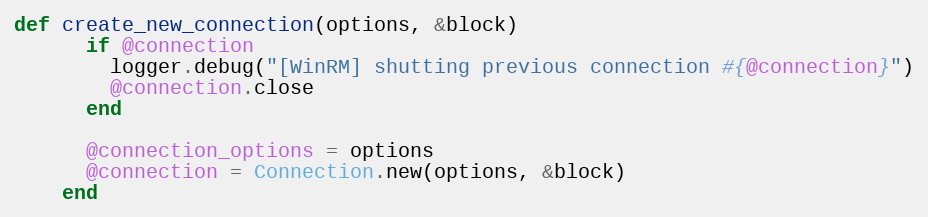
Language: Ruby
def create_new_connection(options, &block)
      if @connection
        logger.debug("[WinRM] shutting previous connection #{@connection}")
        @connection.close
      end

      @connection_options = options
      @connection = Connection.new(options, &block)
    end